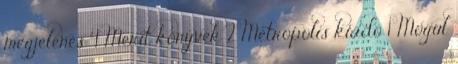
megjelenés 4 Merit könyvek 2 Metropolis kiadó 1 Mogul